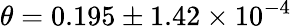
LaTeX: \theta=0.195\pm 1.42\times 10^{-4}